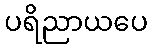
ပရိညာယပေ